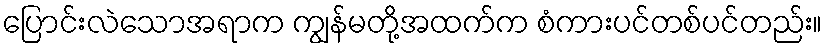
ပြောင်းလဲသောအရာက ကျွန်မတို့အထက်က စံကားပင်တစ်ပင်တည်း။